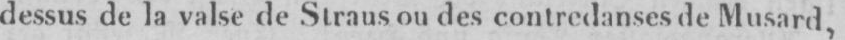
dessus de la valse de Straus ou des contredanses de Musard,